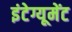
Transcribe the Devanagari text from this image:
इंटेग्यूमेंट